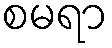
စမရာ